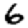
Digit: 6